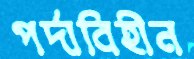
পর্দাবিহীন